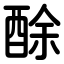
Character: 酴